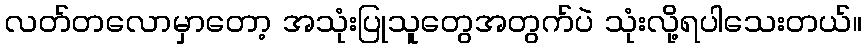
လတ်တလောမှာတော့ အသုံးပြုသူတွေအတွက်ပဲ သုံးလို့ရပါသေးတယ်။